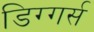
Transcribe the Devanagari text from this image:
डिग्गर्स